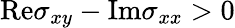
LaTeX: \mathrm{Re}\sigma_{xy}-\mathrm{Im}\sigma_{xx}>0